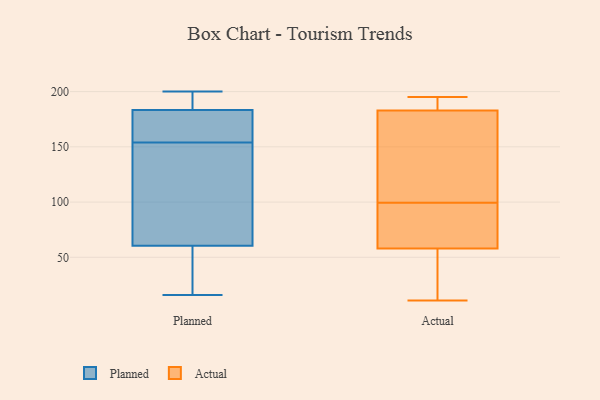
{"axis": {"x": "Revenue (USD Million)", "y": "Value"}, "legend": ["Actual", "Planned"], "data": [{"x": "", "y": 50, "type": "Planned"}, {"x": "", "y": 200, "type": "Planned"}, {"x": "", "y": 16, "type": "Planned"}, {"x": "", "y": 17, "type": "Planned"}, {"x": "", "y": 142, "type": "Planned"}, {"x": "", "y": 181, "type": "Planned"}, {"x": "", "y": 200, "type": "Planned"}, {"x": "", "y": 101, "type": "Planned"}, {"x": "", "y": 64, "type": "Planned"}, {"x": "", "y": 181, "type": "Planned"}, {"x": "", "y": 190, "type": "Planned"}, {"x": "", "y": 154, "type": "Planned"}, {"x": "", "y": 154, "type": "Planned"}, {"x": "", "y": 195, "type": "Actual"}, {"x": "", "y": 41, "type": "Actual"}, {"x": "", "y": 81, "type": "Actual"}, {"x": "", "y": 192, "type": "Actual"}, {"x": "", "y": 146, "type": "Actual"}, {"x": "", "y": 58, "type": "Actual"}, {"x": "", "y": 183, "type": "Actual"}, {"x": "", "y": 97, "type": "Actual"}, {"x": "", "y": 102, "type": "Actual"}, {"x": "", "y": 11, "type": "Actual"}]}